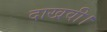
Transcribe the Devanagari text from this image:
दाखवी।